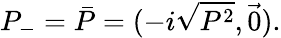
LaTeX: P_{-}=\bar{P}=(-i\sqrt{P^{2}},\vec{0}).